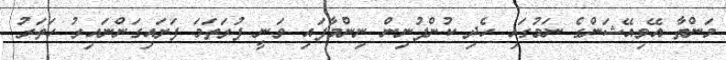
މަންތާ އޭވިއޭޝަންގެ ނަމުގައި ހެދި ކުންފުނިން ނިންމާފައި ވަނީ ފުރަތަމަ ފަށައިގަންނައިރު ހަތަރު